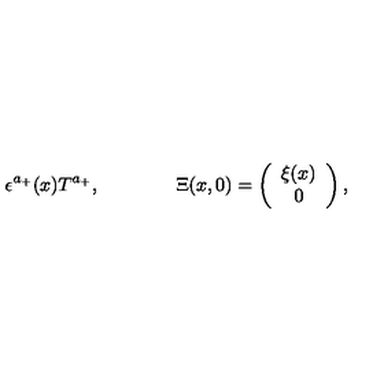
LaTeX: \epsilon ^ { a _ { + } } ( x ) T ^ { a _ { + } } , \qquad \qquad \Xi ( x , 0 ) = \left( \begin{array} { c } { \xi ( x ) } \\ { 0 } \\ \end{array} \right) ,